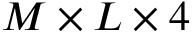
M \times L \times 4